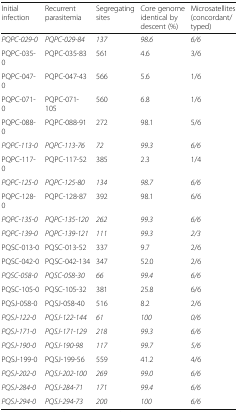
| Initial infection | Recurrent parasitemia | Segregating sites | Core genome identical by descent (%) | Microsatellites (concordant/typed) |
 | --- | --- | --- | --- | --- |
 | PQPC-029-0 | PQPC-029-84 | 137 | 98.6 | 6/6 |
 | PQPC-035-0 | PQPC-035-83 | 561 | 4.6 | 3/6 |
 | PQPC-047-0 | PQPC-047-43 | 566 | 5.6 | 1/6 |
 | PQPC-071-0 | PQPC-071-105 | 560 | 6.8 | 1/6 |
 | PQPC-088-0 | PQPC-088-91 | 272 | 98.1 | 5/6 |
 | PQPC-113-0 | PQPC-113-76 | 72 | 99.3 | 6/6 |
 | PQPC-117-0 | PQPC-117-52 | 385 | 2.3 | 1/4 |
 | PQPC-125-0 | PQPC-125-80 | 134 | 98.7 | 6/6 |
 | PQPC-128-0 | PQPC-128-87 | 392 | 98.1 | 6/6 |
 | PQPC-135-0 | PQPC-135-120 | 262 | 99.3 | 6/6 |
 | PQPC-139-0 | PQPC-139-121 | 111 | 99.3 | 2/3 |
 | PQSC-013-0 | PQSC-013-52 | 337 | 9.7 | 2/6 |
 | PQSC-042-0 | PQSC-042-134 | 347 | 52.0 | 2/6 |
 | PQSC-058-0 | PQSC-058-30 | 66 | 99.4 | 6/6 |
 | PQSC-105-0 | PQSC-105-32 | 381 | 25.8 | 6/6 |
 | PQSJ-058-0 | PQSJ-058-40 | 516 | 8.2 | 2/6 |
 | PQSJ-122-0 | PQSJ-122-144 | 61 | 100 | 0/6 |
 | PQSJ-171-0 | PQSJ-171-129 | 218 | 99.3 | 6/6 |
 | PQSJ-190-0 | PQSJ-190-98 | 117 | 99.7 | 5/6 |
 | PQSJ-199-0 | PQSJ-199-56 | 559 | 41.2 | 4/6 |
 | PQSJ-202-0 | PQSJ-202-100 | 269 | 99.0 | 6/6 |
 | PQSJ-284-0 | PQSJ-284-71 | 171 | 99.4 | 6/6 |
 | PQSJ-294-0 | PQSJ-294-73 | 200 | 100 | 6/6 |